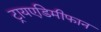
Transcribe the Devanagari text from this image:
ट्रायएडिमीफान